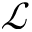
\mathcal { L }